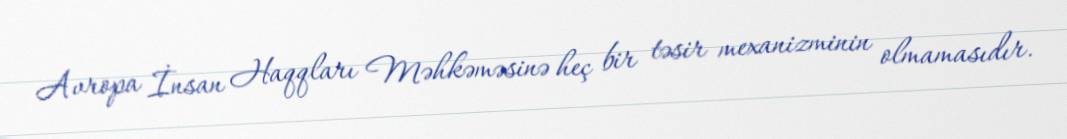
Avropa İnsan Haqqları Məhkəməsinə heç bir təsir mexanizminin olmamasıdır.